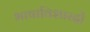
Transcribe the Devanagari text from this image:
भाषाविशारदों